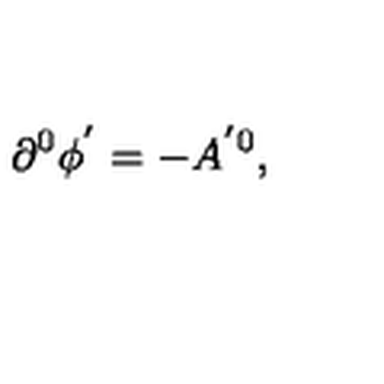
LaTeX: \partial ^ { 0 } \phi ^ { ^ { \prime } } = - A ^ { ^ { \prime } 0 } ,